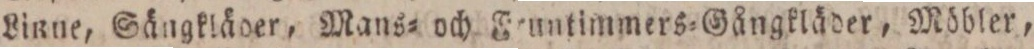
Linne, Sängkläder, Mans= och Feuntimmers=Gångkläder, Möbler,